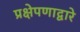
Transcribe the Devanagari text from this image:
प्रक्षेपणाद्वारे